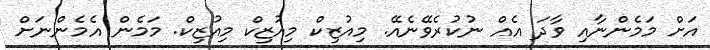
އަށް މަމެންނާއި ވާދަ އެއް ނުކުރެވޭނެއޭ. މިއުޒިކް މިއުޒިކް މިއުޒިކް. މަމެން އެމެންނަށް